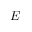
E